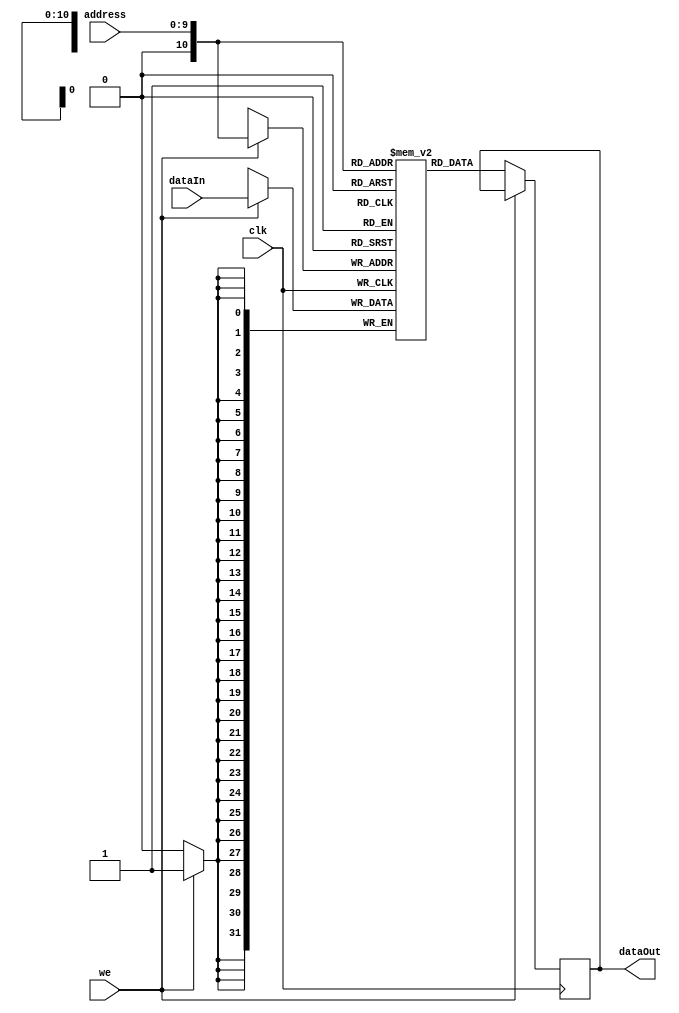
module datamemory(address ,dataIn ,dataOut, clk, we);
							
parameter DATA_WIDTH = 32 ;
parameter ADDR_WIDTH = 10 ;

input we, clk;
input [ADDR_WIDTH-1:0] address ;
input [DATA_WIDTH-1:0] dataIn ;
 

output reg[DATA_WIDTH-1:0] dataOut ;
reg [DATA_WIDTH-1:0] mem [0:1024];

initial 
	begin
		mem[32'd0] = 32'd 1000; //A
		mem[32'd1] = 32'd 5000; //B
		mem[32'd2] = 32'd 2000; //C
		mem[32'd3] = 32'd 3000; //D		
	end

always @ (posedge clk)
begin
	 if (we) 
		mem[address] <= dataIn;
	else
		dataOut <= mem[address];
end

endmodule